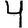
Digit: 4